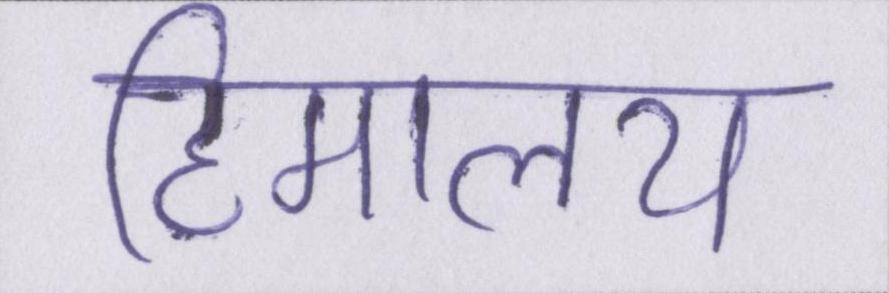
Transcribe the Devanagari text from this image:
हिमालय